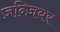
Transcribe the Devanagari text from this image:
ज़न्ज़िबर